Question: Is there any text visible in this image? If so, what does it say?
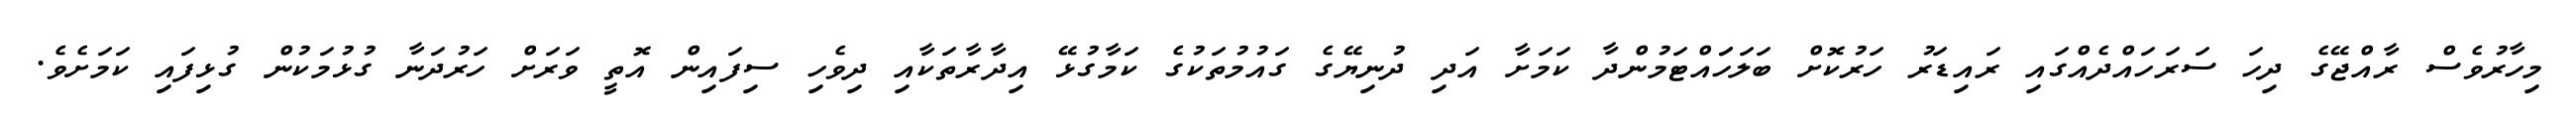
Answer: މިހާރުވެސް ރާއްޖޭގެ ދިހަ ސަރަހައްދެއްގައި ރައިޑަރު ހަރުކޮށް ބަލަހަައްޓަމުންދާ ކަމަށާ އަދި ދުނިޔޭގެ ގައުމުތަކުގެ ކަމާގުޅޭ އިދާރާތަކާއި ދިވެހި ސިފައިން އޮތީ ވަރަށް ހަރުދަނާ ގުޅުމަކުން ގުޅިފައި ކަމަށެވެ.